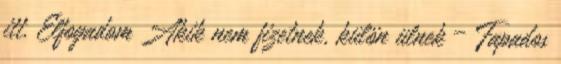
itt. Elfogadom Akik nem fizetnek, külön ülnek – Fapados